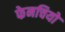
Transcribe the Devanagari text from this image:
फेनचियो